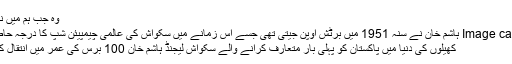
وہ جب ہم میں نہ رہے
Image caption ہاشم خان نے سنہ 1951 میں برٹش اوپن جیتی تھی جسے اس زمانے میں سکواش کی عالمی چیمپیئن شپ کا درجہ حاصل تھا
کھیلوں کی دنیا میں پاکستان کو پہلی بار متعارف کرانے والے سکواش لیجنڈ ہاشم خان 100 برس کی عمر میں انتقال کرگئے۔